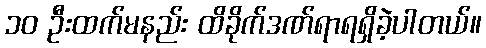
၁၀ ဦးထက်မနည်း ထိခိုက်ဒဏ်ရာရရှိခဲ့ပါတယ်။